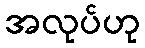
အလုပ်ဟု